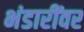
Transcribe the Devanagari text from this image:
भंडारींवर